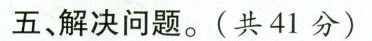
五、解决问题。(共41分)